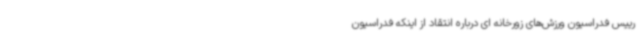
رییس فدراسیون ورزش‌های زورخانه ای درباره انتقاد از اینکه فدراسیون